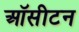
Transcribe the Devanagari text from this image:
ऑसीटन